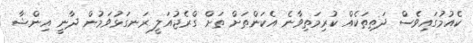
ކެއުމުގައިވެސް ދަތިތަކެއް ކުރިމަތިވާނެ އެކަންތަށް ތަށް ގްރެޖުއަލީ ރަނގަޅުވަމުން ދާނީ އިންޝާ